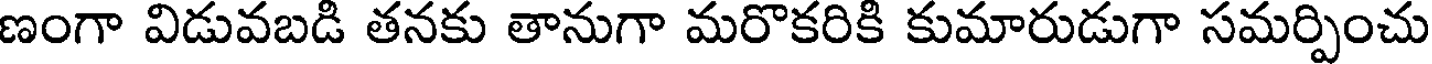
ణంగా విడువబడి తనకు తానుగా మరొకరికి కుమారుడుగా సమర్పించు